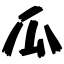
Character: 瓜